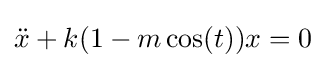
{\ddot {x}}+k(1-m\cos(t))x=0